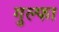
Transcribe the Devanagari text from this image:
गुल्फा